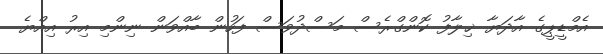
އެމްޑީޕީގެ އާދަޔާ ޚިލާފު ކޮންގްރެސް މަސްދުވަސް ފަހުން ބާއްވަން ނިންމި އިރު އިއްޔެ